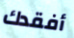
أفقدك